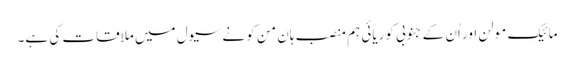
مائیک مولن اور اُن کے جنوبی کوریائی ہم منصب ہان من کو نے سیول میں ملاقات کی ہے۔